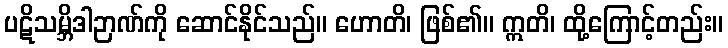
ပဋိသမ္ဘိဒါဉာဏ်ကို ဆောင်နိုင်သည်။ ဟောတိ၊ ဖြစ်၏။ ဣတိ၊ ထို့ကြောင့်တည်း။